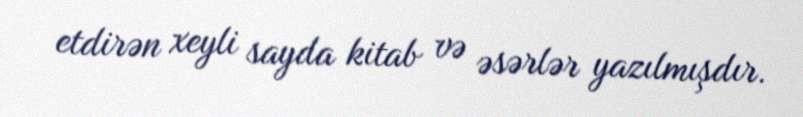
etdirən xeyli sayda kitab və əsərlər yazılmışdır.